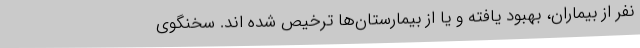
نفر از بیماران، بهبود یافته و یا از بیمارستان‌ها ترخیص شده اند. سخنگوی